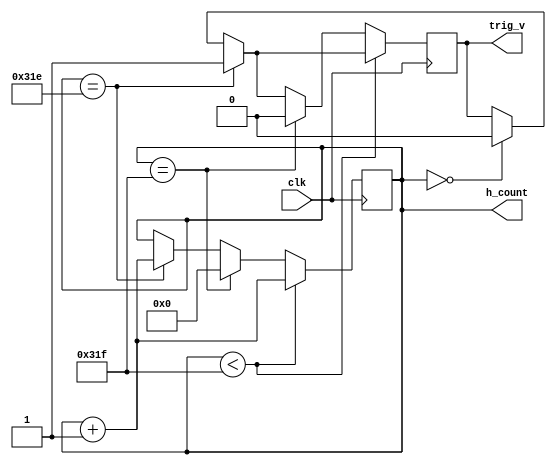
//module h_counter(clk, h_count, trig_v);
//    input clk;
//    output [9:0] h_count;
//    output trig_v;
//    reg [9:0] h_count;
//    reg trig_v;
//    initial h_count = 0;
//    always @ (posedge clk)
//    begin
//        if (h_count <= 799)
//            begin
//                h_count <= h_count +1;
//                trig_v <= 0;
//            end 
//        else 
//            begin
//                trig_v <= 1;
//                h_count <= 0;
//            end  
//     end      
//endmodule       

`timescale 1ns / 1ps
module h_counter(clk,h_count,trig_v);
    input clk;
    output [9:0] h_count;
    output trig_v;
    reg [9:0] h_count;
    reg trig_v;
    initial trig_v = 0;
    initial h_count = 0;
always @ (posedge clk)
    begin
        if (h_count==798)
            begin
                trig_v<=1;
                h_count<=h_count+1;
            end
        else if (h_count==0)
            begin
                trig_v<=0;
            end
        if (h_count<799)
            begin
                h_count <= h_count+1;
            end
        else if (h_count==799)
            begin
                h_count <= 0;
                trig_v<=0;
            end
    end
endmodule